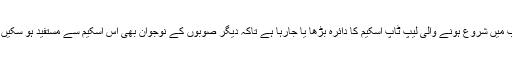
پنجاب میں شروع ہونے والی لیپ ٹاپ اسکیم کا دائرہ بڑھا یا جارہا ہے تاکہ دیگر صوبوں کے نوجوان بھی اس اسکیم سے مستفید ہو سکیں گے۔